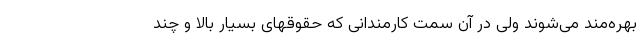
بهره‌مند می‌شوند ولی در آن سمت کارمندانی که حقوقهای بسیار بالا و چند